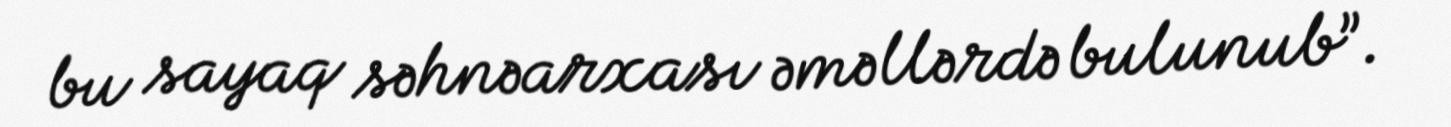
bu sayaq səhnəarxası əməllərdə bulunub”.